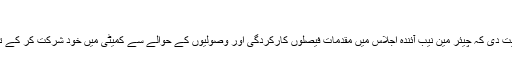
(خبر جاری ہے)
چیئر مین کمیٹی نے ہدایت دی کہ چیئر مین نیب آئندہ اجلاس میں مقدمات فیصلوں کارکردگی اور وصولیوں کے حوالے سے کمیٹی میں خود شرکت کر کے تفصیلات سے آگاہ کریں۔